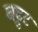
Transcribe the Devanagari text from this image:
बहुट